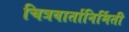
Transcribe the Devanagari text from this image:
चित्रवार्तानिर्मिती